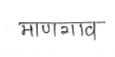
मजकूर: माणगाव